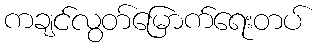
ကချင်လွတ်မြောက်ရေးတပ်